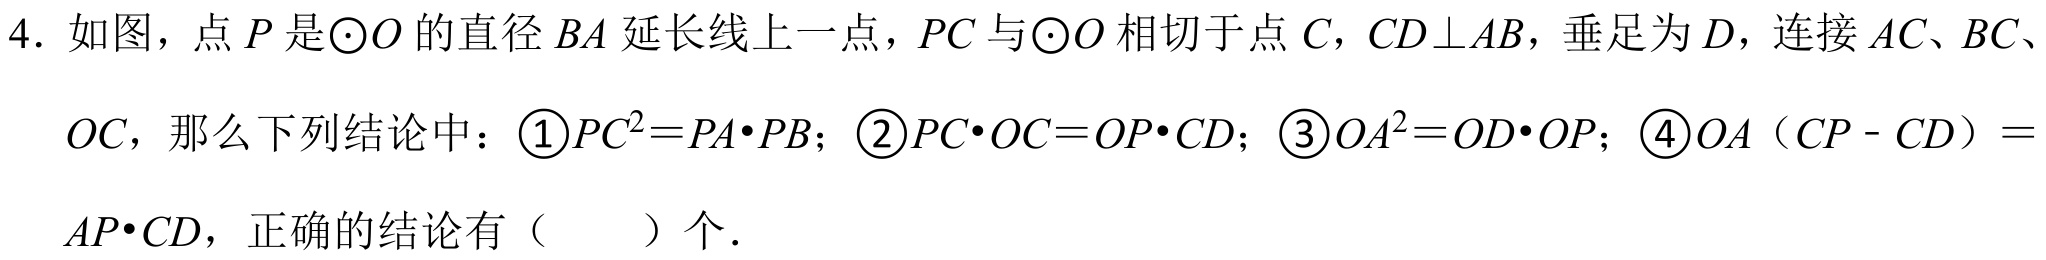
4. 如图，点\(P\)是\(\odot O\)的直径\(BA\)延长线上一点，\(PC\)与\(\odot O\)相切于点\(C\)，\(CD\perp AB\)，垂足为\(D\)，连接\(AC\)、\(BC\)、\(OC\)，那么下列结论中：\textcircled{1}\(PC^{2}=PA\cdot PB\)；\textcircled{2}\(PC\cdot OC = OP\cdot CD\)；\textcircled{3}\(OA^{2}=OD\cdot OP\)；\textcircled{4}\(OA（CP - CD）=AP\cdot CD\)，正确的结论有（  ）个.